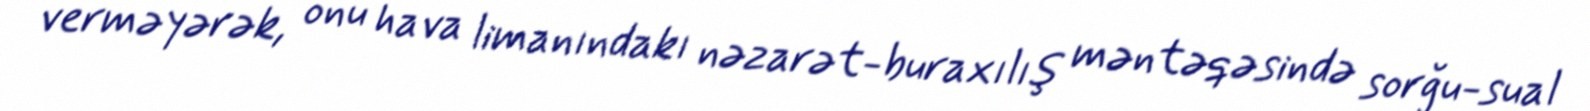
verməyərək, onu hava limanındakı nəzarət-buraxılış məntəqəsində sorğu-sual